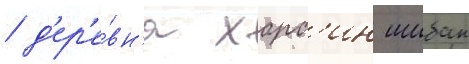
/ д'ер'е́вн'я харс'ин шибан